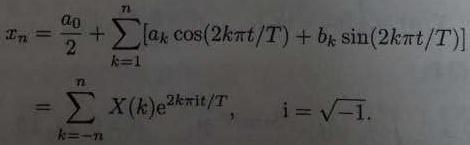
\[
\begin{align*}
x_n&=\frac{a_0}{2}+\sum_{k = 1}^{n}[a_k\cos(2k\pi t/T)+b_k\sin(2k\pi t/T)]\\
&=\sum_{k=-n}^{n}X(k)\mathrm{e}^{2k\pi\mathrm{i}t/T},\quad\mathrm{i}=\sqrt{-1}.
\end{align*}
\]